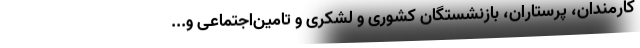
کارمندان، پرستاران، بازنشستگان کشوری و لشکری و تامین‌اجتماعی و...